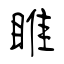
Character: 睢